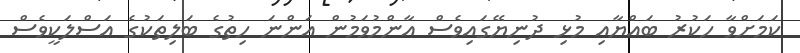
ކަމަށްވާ ހަކުރު ބައްޔާއި މުޅި ދުނިޔޭގައިވެސް އާންމުވަމުން އަންނަ ހިތުގެ ބަލިތަކުގެ އަސްލަކީވެސް